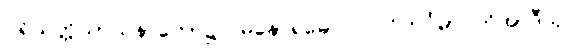
ပရိယတ္တိသာသနာတော်၌။ မနောရမေ။ ပ။ ဝိဟင်္ဂမာ တိအာဒီသု၊